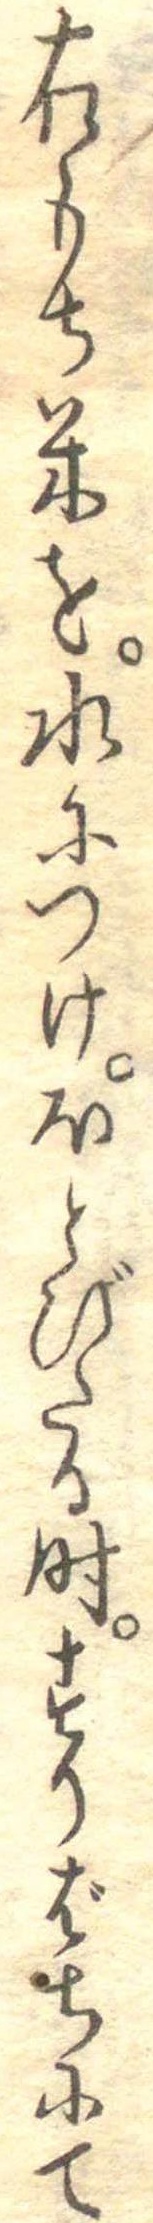
右もち米を水につけほとびたる時すりばちにて